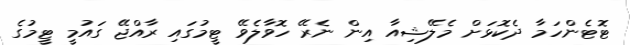
ޓޮޓެންހަމާ ދެކޮޅަށް މެލޭޝިއާ އިން ނެރޭ ހޮވާލެވޭ ޓީމުގައި ރާއްޖޭ ގައުމީ ޓީމުގެ